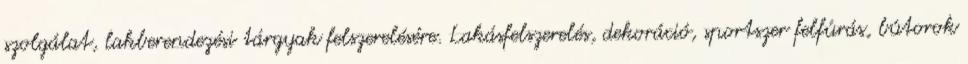
szolgálat, lakberendezési tárgyak felszerelésére. Lakásfelszerelés, dekoráció, sportszer felfúrás, bútorok